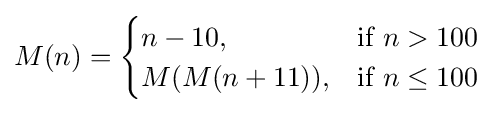
M(n)={\begin{cases}n-10,&{\mbox{if }}n>100{\mbox{ }}\\M(M(n+11)),&{\mbox{if }}n\leq 100{\mbox{ }}\end{cases}}